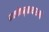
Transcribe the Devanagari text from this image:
बालोक्तमृत्कथारम्भो